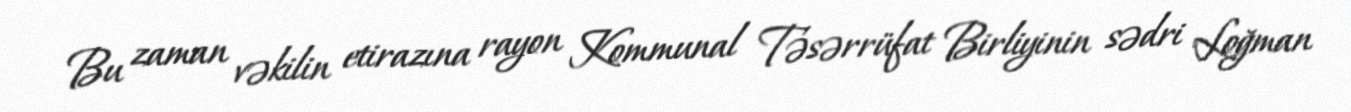
Bu zaman vəkilin etirazına rayon Kommunal Təsərrüfat Birliyinin sədri Loğman